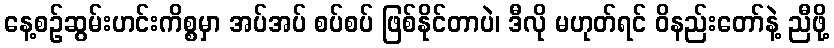
နေ့စဉ်ဆွမ်းဟင်းကိစ္စမှာ အပ်အပ် စပ်စပ် ဖြစ်နိုင်တာပဲ၊ ဒီလို မဟုတ်ရင် ဝိနည်းတော်နဲ့ ညီဖို့